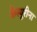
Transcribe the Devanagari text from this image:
कैस्यूरीना